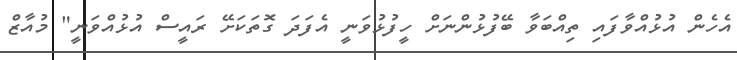
އެހެން އުޅުއްވާފައި ތިއްބަވާ ބޭފުޅުންނަށް ހީފުޅުވަނީ އެފަދަ ގޮތަކަށޭ ރައީސް އުޅުއްވަނީ" މުއާޒް